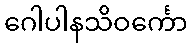
ဂေါပါနသိဝင်္ကော